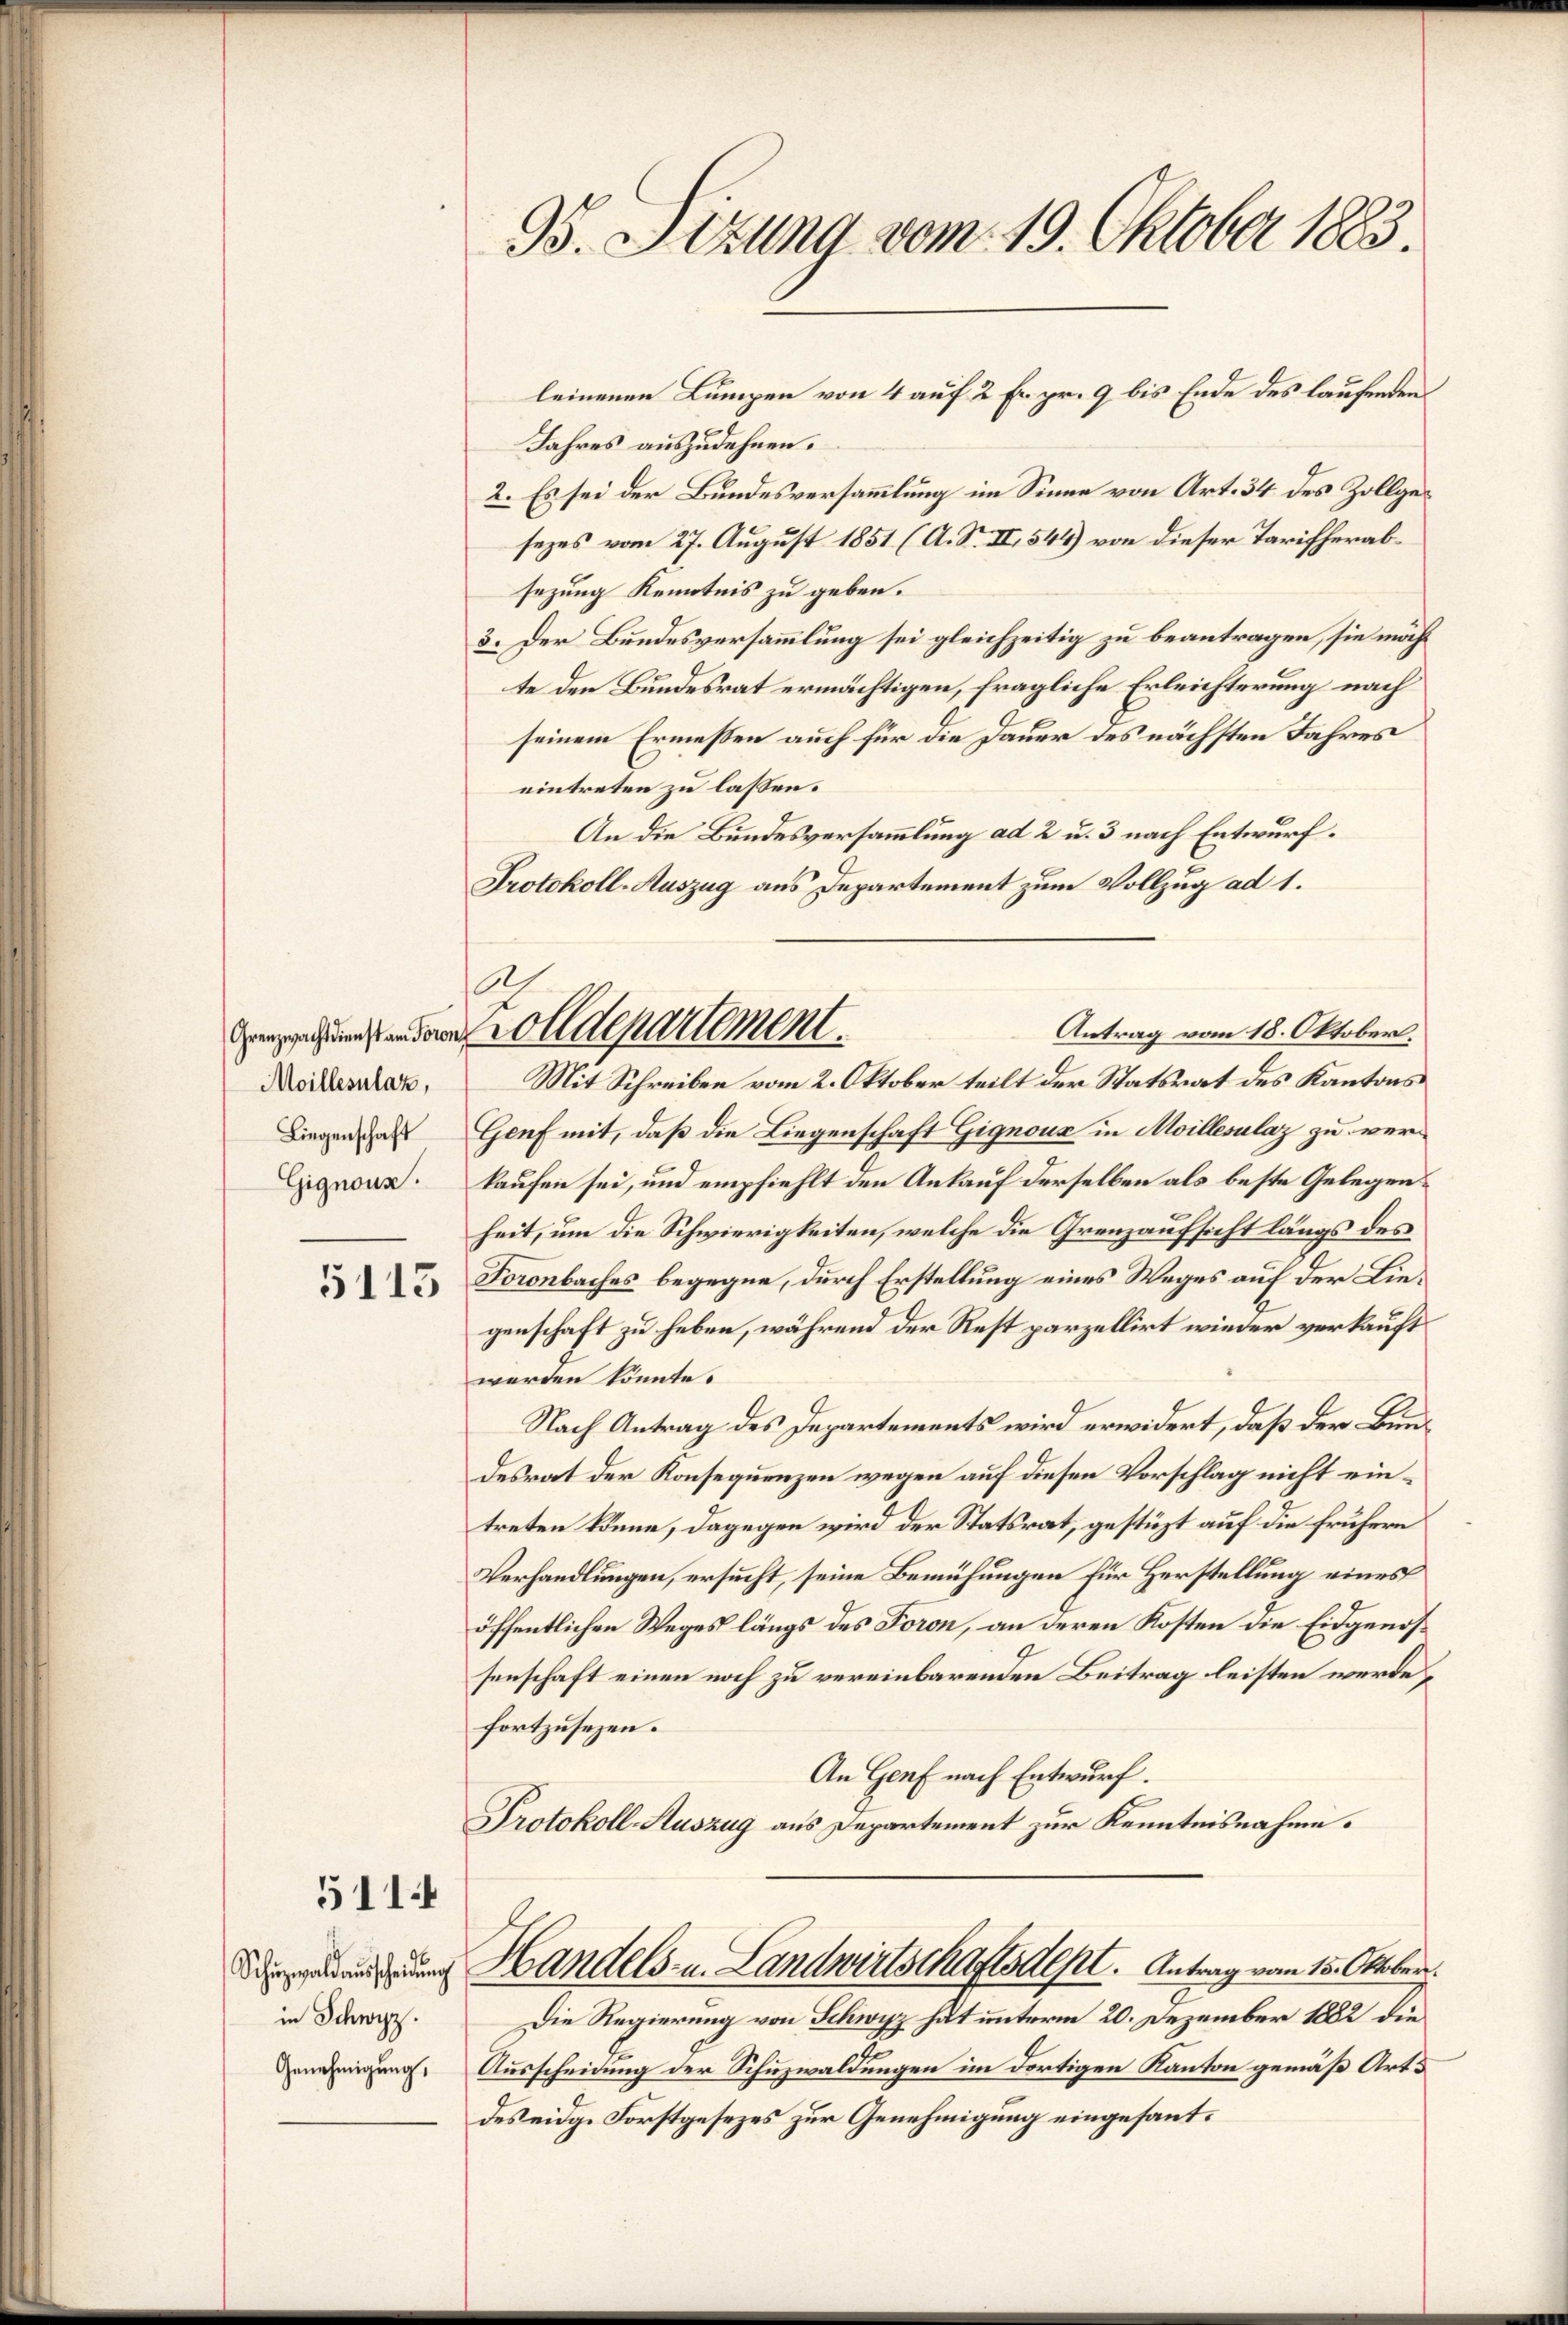
Grenzwachtdienst am Toron,
Moillesulat,
Liegenschaft
Gignoux.

5113

511.

Schüzwaldaŭscheidŭng
in Schwyz.

95. Sizung vom 19. Oktober 1883.

Jahres auszudehnen.
2. Es sei der Bundesversammlung im Sinne von Art. 34 des Zollgesezes vom 27. August 1851 (A. S. II, 544) von dieser Tarifherabsezung Kenntnis zu geben.
3. Der Bundesversammlung sei gleichzeitig zu beantragen, sie möcht
te den Bundesrat ermächtigen, fragliche Erleichterung nach
seinem Ermessen auch für die Dauer des nächsten Jahres
eintreten zu lassen.
An die Bundesversammlung ad 2 u. 3 nach Entwurf.
Protokoll-Auszug aus Departement zum Vollzug ad 1.
Antrag vom 18. Oktober.
Mit Schreiben vom 2. Oktober teilt der Statsrat des Kantons
Genf mit, daß die Liegenschaft Gignoux in Moillesalaz zu verkaufen sei, und empfiehlt den Ankauf derselben als beste Gelegenheit, um die Schwierigkeiten, welche die Grenzaufsicht längs des
Foronbaches begegne, durch Erstellung eines Weges auf der Liegenschaft zu heben, während der Rest parzellirt wieder verkauft
werden könnte.
Nach Antrag des Departements wird erwidert, daß der Bundesrat der Konsequenzen wegen auf diesen Vorschlag nicht eintreten könne, dagegen wird der Statsrat, gestüzt auf die frühern
Verhandlungen, ersucht, seine Bemühungen für Herstellung eines
öffentlichen Weges längs des Foron, an deren Kosten die Eidgenossenschaft einen noch zu vereinbarenden Beitrag leisten werde,
fortzusezen.
An Genf nach Entwurf.
Protokoll-Auszug aus Departement zur Kenntnisnahme.
Handels- u. Landwirtschaftsdest. Antrag vom 15. Oktober
Die Regierung von Schwyz hat unterm 20. Dezember 1882 die
Genehmigung. Ausscheidung der Schuzwaldungen im dortigen Kanton gemäß Art.
des eidge Forstgesezes zur Genehmigung eingesant¬

leinenen Lumpen von 4 auf 2 Fr. pr. 9 bis Ende des laufenden

1
olldepartement.